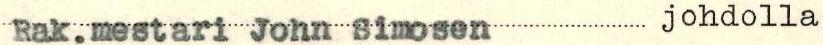
Rak.mestari John Simosen johdolla